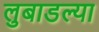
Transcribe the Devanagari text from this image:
लुबाडल्या